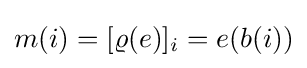
m(i)=[\varrho (e)]_{i}=e(b(i))